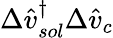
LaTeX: \Delta\hat{v}_{sol}^{\dagger}\Delta\hat{v}_{c}